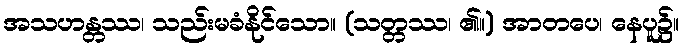
အသဟန္တဿ၊ သည်းမခံနိုင်သော။ (သတ္တဿ၊ ၏။) အာတပေ၊ နေပူ၌။